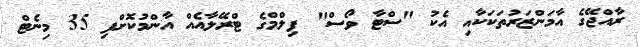
ރާއްޖޭގެ އާމަންޒަރުތަކަކާއި އެކު "ސްޓާ ވޯސް" ފިލްމްގެ ޓްރޭލާއެއް އާންމުކޮށްފި 35 މިނެޓް